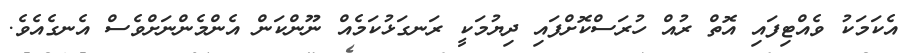
އެކަމަކު ވެއްޓިފައި އޮތް ރުއް ހުރަސްކޮށްފައި ދިޔުމަކީ ރަނގަޅުކަމެއް ނޫންކަން އެންމެންނަށްވެސް އެނގެއެވެ.